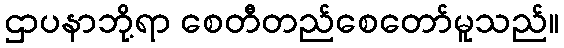
ဌာပနာဘို့ရာ စေတီတည်စေတော်မူသည်။